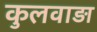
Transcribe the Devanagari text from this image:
कुलवाड़ा